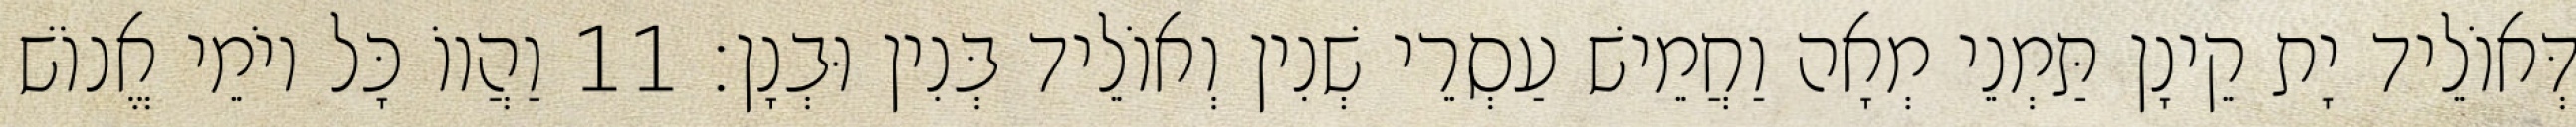
דְּאוֹלֵיד יָת קֵינָן תַּמְנֵי מְאָה וַחֲמֵישׁ עַסְרֵי שְׁנִין וְאוֹלֵיד בְּנִין וּבְנָן׃ 11 וַהֲווֹ כָּל יוֹמֵי אֱנוֹשׁ